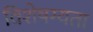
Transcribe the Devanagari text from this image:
विशेषग्यता